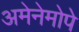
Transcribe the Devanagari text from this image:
अमेनेमोपे